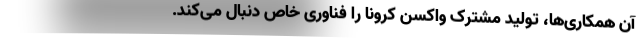
آن همکاری‌ها، تولید مشترک واکسن کرونا را فناوری خاص دنبال می‌کند.